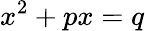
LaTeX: x^{2}+px=q